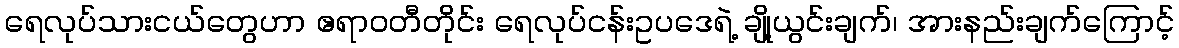
ရေလုပ်သားငယ်တွေဟာ ဧရာဝတီတိုင်း ရေလုပ်ငန်းဥပဒေရဲ့ ချို့ယွင်းချက်၊ အားနည်းချက်ကြောင့်